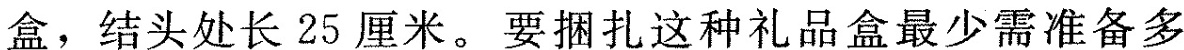
盒，结头处长25厘米。要捆扎这种礼品盒最少需准备多